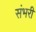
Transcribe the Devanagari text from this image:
संभरी